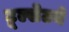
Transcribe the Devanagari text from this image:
टूल्सेटने